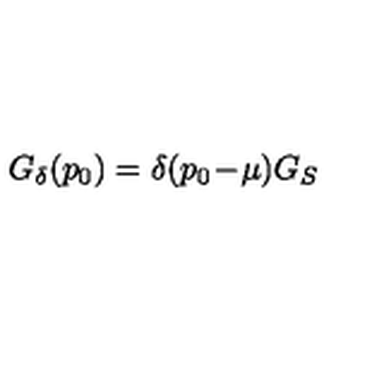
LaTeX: G _ { \delta } ( p _ { 0 } ) = \delta ( p _ { 0 } \! - \! \mu ) G _ { S }